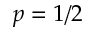
p = 1 / 2